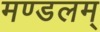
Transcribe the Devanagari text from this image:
मण्डलम्